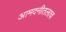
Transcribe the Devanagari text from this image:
आमदनीतलाच